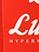
lu